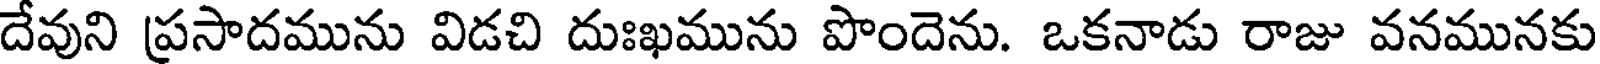
దేవుని ప్రసాదమును విడచి దుఃఖమును పొందెను. ఒకనాడు రాజు వనమునకు